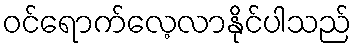
ဝင်ရောက်လေ့လာနိုင်ပါသည်